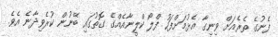
ފެނުގެ ތެރެއަށް ވިނިގާ އެޅުމަށްފަހު ފްލޯ ކްލީނާއެއްގެ ގޮތުގައި ބޭނުން ކުރެވިދާނެ އެވެ.